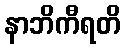
နာဘိကီရတိ